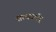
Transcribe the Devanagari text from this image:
सत्यवर्मन्